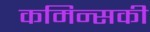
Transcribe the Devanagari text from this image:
कमिन्सकी